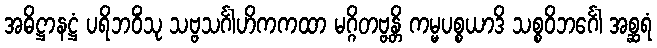
အဓိဋ္ဌာနဋ္ဌံ ပရိဘဝိံသု သဗ္ဗသင်္ဂါဟိကကထာ မဂ္ဂိတဗ္ဗန္တိ ကမ္မပစ္စယာဒိ သစ္စဝိဘင်္ဂေါ အစ္ဆရံ